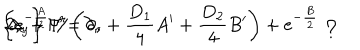
\left\{ \mathrm { e } ^ { - \frac { A } { 2 } } \not \hspace { - 0 . 1 c m } { \partial } _ { x } + \Gamma ^ { r } \left( \partial _ { r } + { \frac { D _ { 1 } } { 4 } } A ^ { \prime } + { \frac { D _ { 2 } } { 4 } } B ^ { \prime } \right) + \mathrm { e } ^ { - { \frac { B } { 2 } } } \not \hspace { - 0 . 1 c m } { \Delta } _ { y } \right\} \Psi = 0 ,